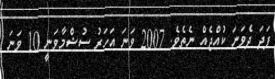
ފަދަ ދެވަނަ ކުއްޖެއް ނެތެވެ. 2007 ވަނަ އަހަރު ސުޝްމާވަނީ 10 ވަނަ